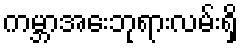
ကမ္ဘာအေးဘုရားလမ်းရှိ